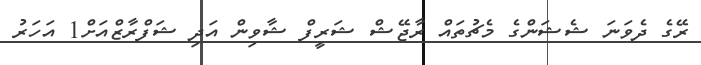
ރޭގެ ދެވަނަ ޝެޝަންގެ މެޗުތައް ރާޖޭޝް ޝަރީފް ޝާވިން އަދި ޝަފްރާޒްއަށް1 އަހަރު